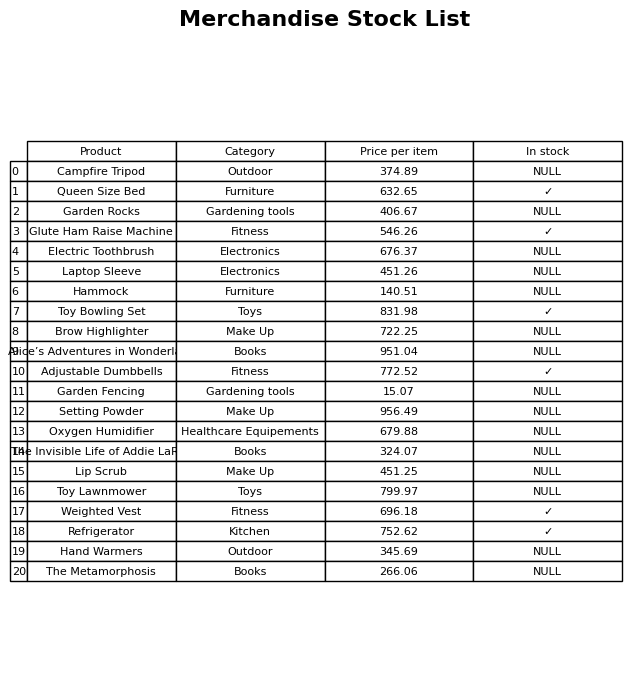
question: What is the price of the Laptop Sleeve?
answer: The price of Laptop Sleeve is 451.26.